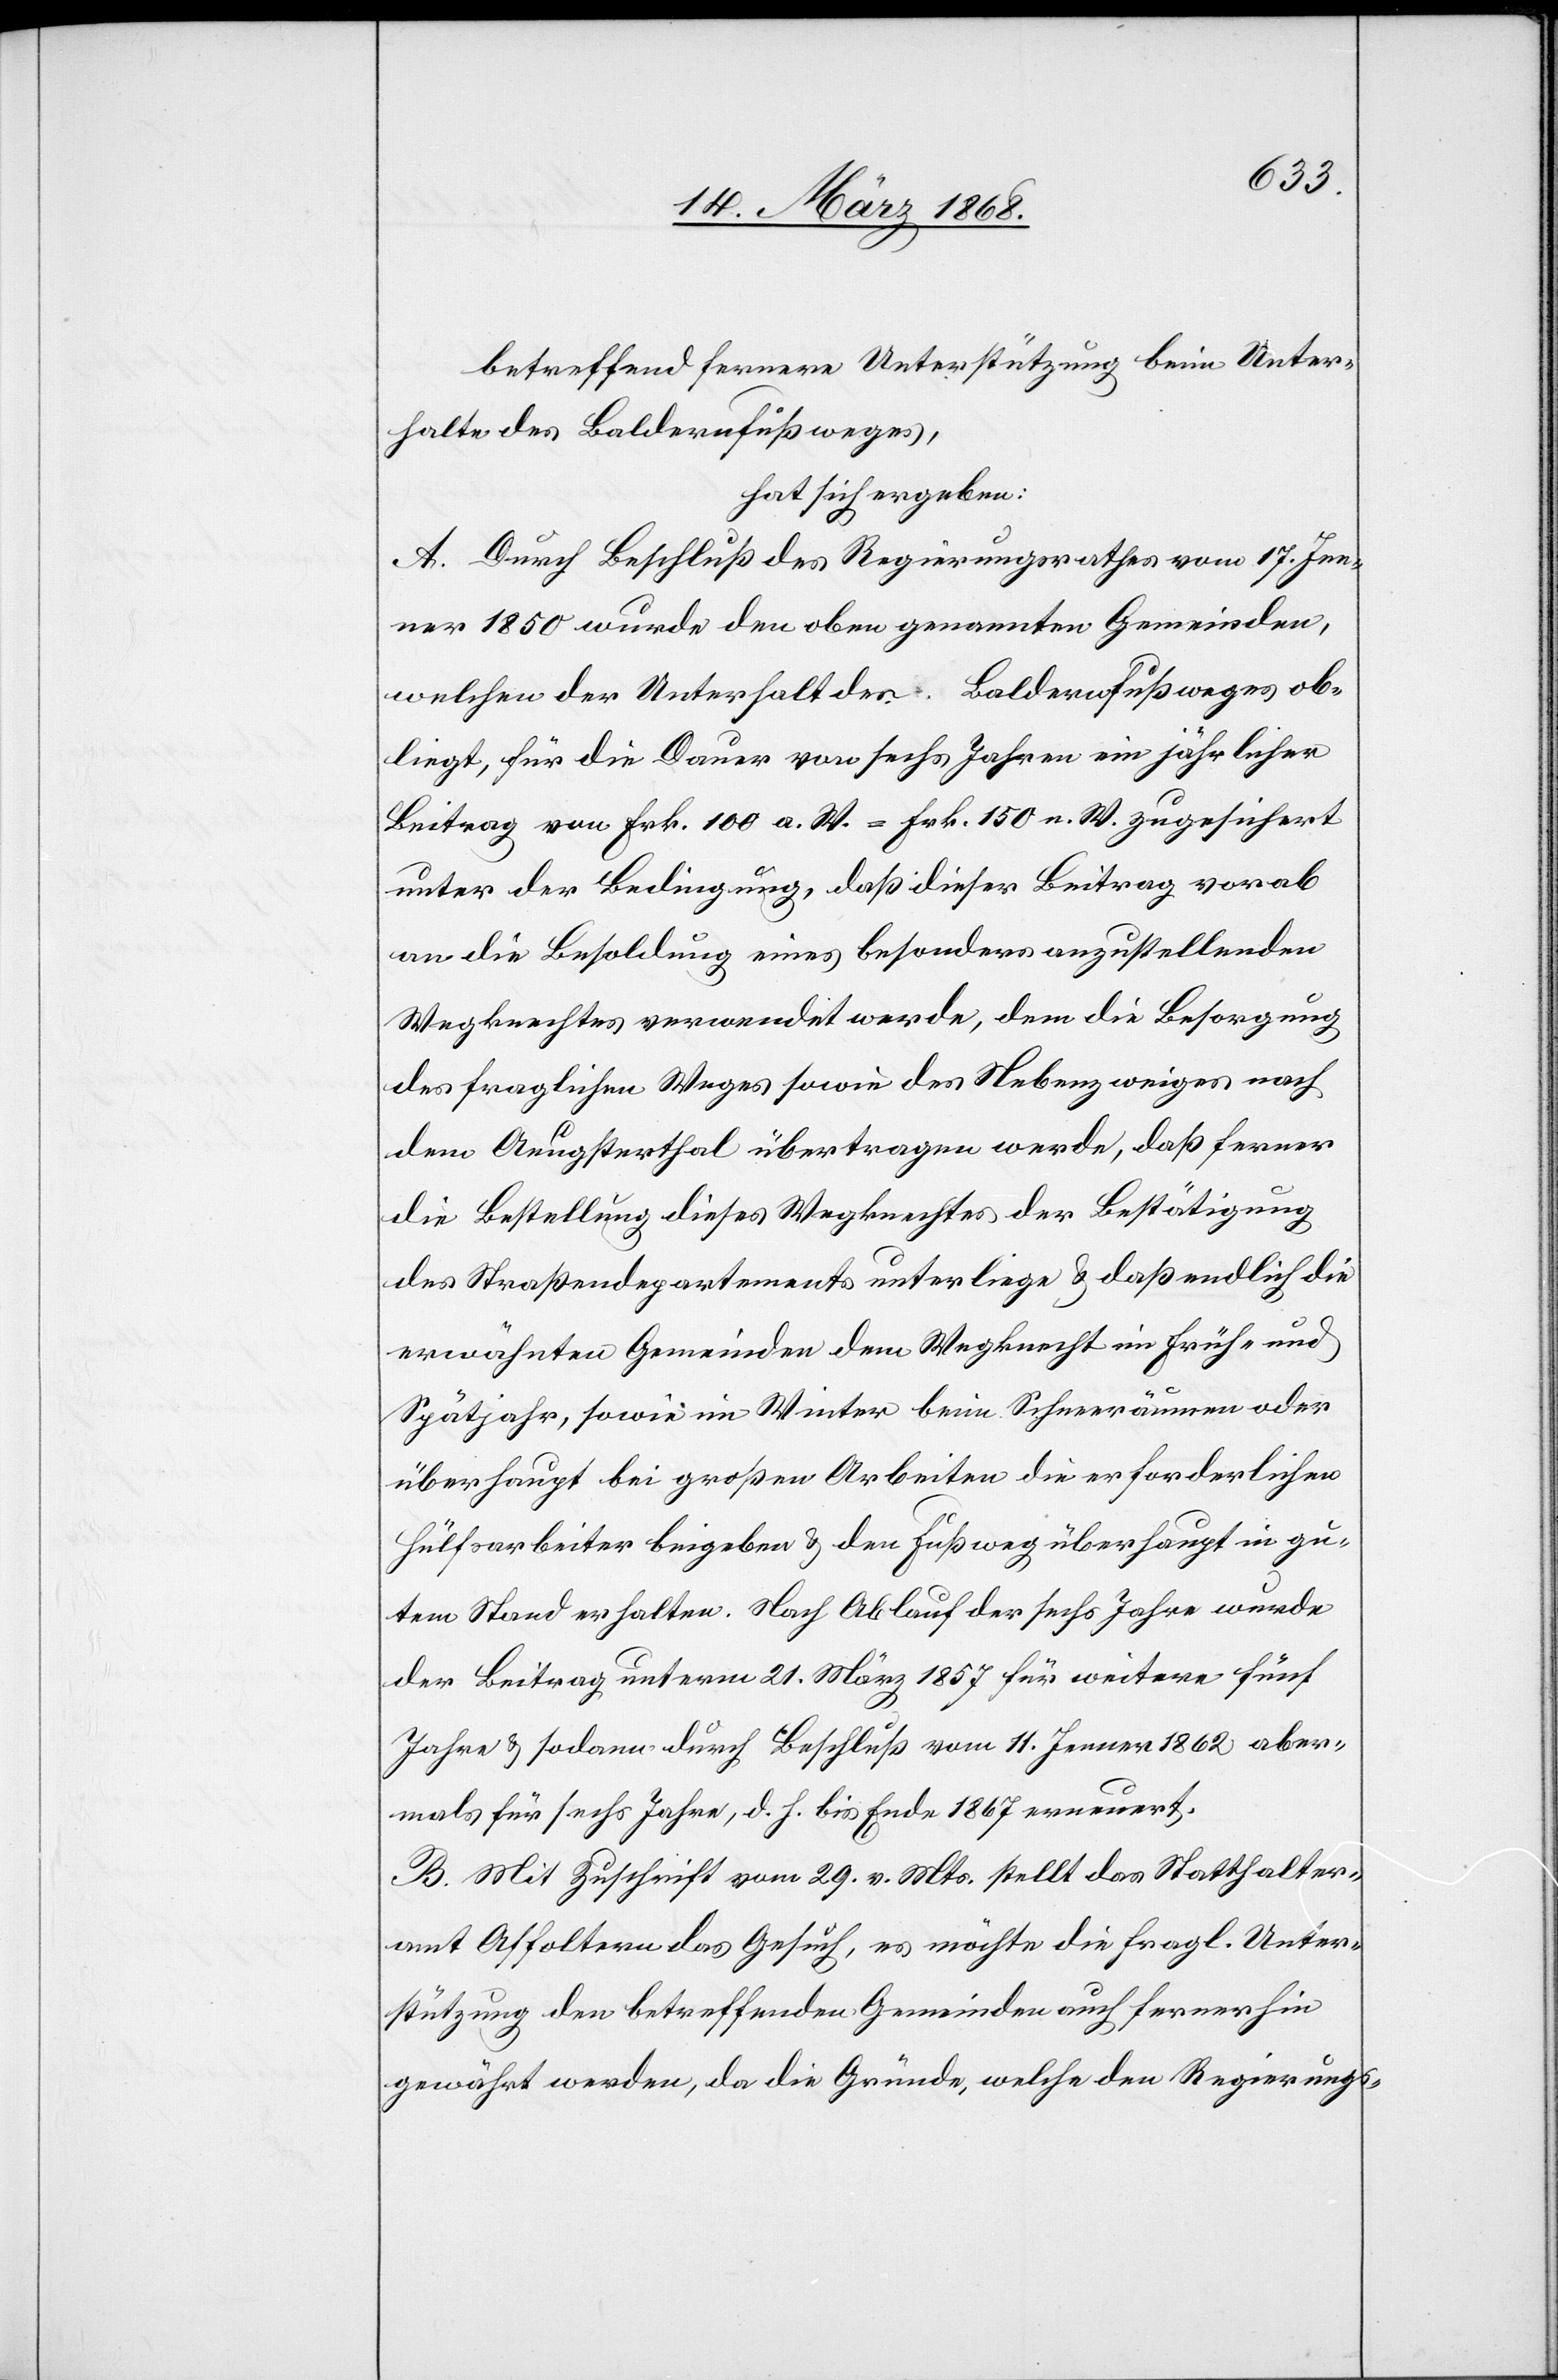
betreffend fernere Unterstützung beim Unter¬
halte des Baldernfußweges,
hat sich ergeben:
A. Durch Beschluß des Regierungsrathes vom 17. Jen¬
ner 1850 wurde den oben genannten Gemeinden,
welchen der Unterhalt des Baldernfußweges ob¬
liegt, für die Dauer von sechs Jahren ein jährlicher
Beitrag von Frk. 100 a. W. = Frk. 150 n. W. zugesichert
unter der Bedingung, daß dieser Beitrag vorab
an die Besoldung eines besonders anzustellenden
Wegknechtes verwendet werde, dem die Besorgung
des fraglichen Weges sowie des Nebenzweiges nach
dem Aeugsterthal übertragen werde, daß ferner
die Bestellung dieses Wegknechtes der Bestätigung
des Straßendepartements unterliege & daß endlich die
erwähnten Gemeinden dem Wegknecht im Früh- und
Spätjahr, sowie im Winter beim Schneeräumen oder
überhaupt bei großen Arbeiten die erforderlichen
Hülfsarbeiter beigeben & den Fußweg überhaupt in gu¬
tem Stand erhalten. Nach Ablauf der sechs Jahre wurde
der Beitrag unterm 21. März 1857 für weitere fünf
Jahre & sodann durch Beschluß vom 11. Jenner 1862 aber¬
mals für sechs Jahre, d. h. bis Ende 1867 erneuert.
B. Mit Zuschrift vom 29. v. Mts. stellt das Statthalter¬
amt Affoltern das Gesuch, es möchte die fragl. Unter¬
stützung den betreffenden Gemeinden auch fernerhin
gewährt werden, da die Gründe, welche den Regierungs-